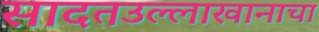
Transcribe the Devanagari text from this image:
सादतउल्लाखानाचा